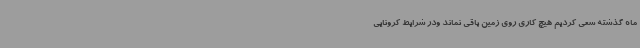
ماه گذشته سعی کردیم هیچ کاری روی زمین باقی نماند ودر شرایط کرونایی